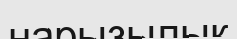
нарызылық